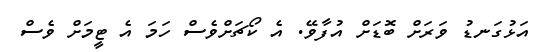
އަޅުގަނޑު ވަރަށް ބޮޑަށް އުފާވޭ. އެ ކޯޗަށްވެސް ހަމަ އެ ޓީމަށް ވެސް